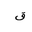
Letter: _qaf